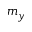
m _ { y }